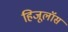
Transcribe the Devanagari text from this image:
हिजूलॉस